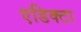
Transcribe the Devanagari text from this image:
एडिक्टा